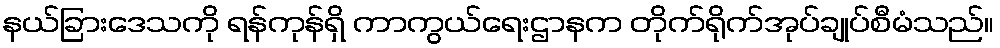
နယ်ခြားဒေသကို ရန်ကုန်ရှိ ကာကွယ်ရေးဌာနက တိုက်ရိုက်အုပ်ချုပ်စီမံသည်။